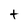
Character: t